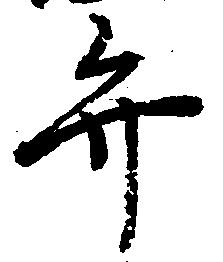
弁